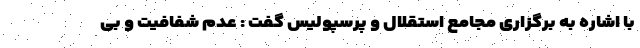
با اشاره به برگزاری مجامع استقلال و پرسپولیس گفت : عدم شفافیت و بی